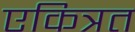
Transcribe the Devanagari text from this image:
एकित्रत